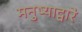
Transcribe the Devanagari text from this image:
मनुष्याद्वारे